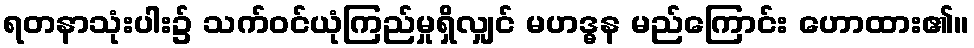
ရတနာသုံးပါး၌ သက်ဝင်ယုံကြည်မှုရှိလျှင် မဟဒ္ဓန မည်ကြောင်း ဟောထား၏။